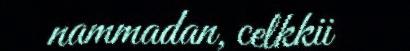
nammadan, celkkii